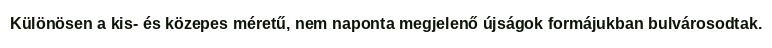
Különösen a kis- és közepes méretű, nem naponta megjelenő újságok formájukban bulvárosodtak.